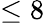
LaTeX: \leq 8